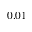
0 . 0 1